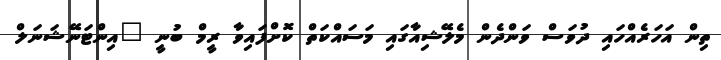
ތިން އަހަރެއްހައި ދުވަސް ވަންދެން މެލޭޝިއާގައި މަސައްކަތް ކޮށްފައިވާ ރީމް ބުނީ "އިންޓަނޭޝަނަލް